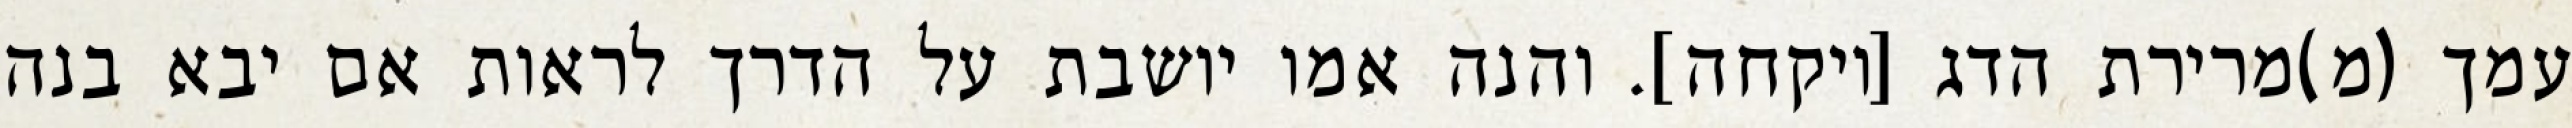
עמך (מ)מרירת הדג [ויקחה]. והנה אמו יושבת על הדרך לראות אם יבא בנה